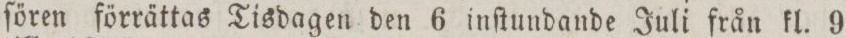
ſören förrättas Tisdagen den 6 inſtundande Juli från kl. 9